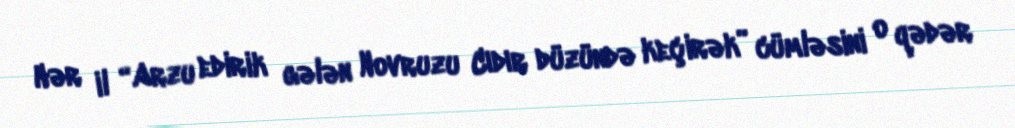
Hər il “Arzu edirik gələn Novruzu Cıdır düzündə keçirək” cümləsini o qədər